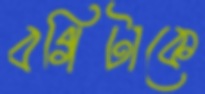
বগিটাকে